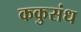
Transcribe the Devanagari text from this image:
ककुसंध